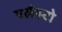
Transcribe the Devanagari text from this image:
एलैस्टो